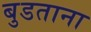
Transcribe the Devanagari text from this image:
बुडताना